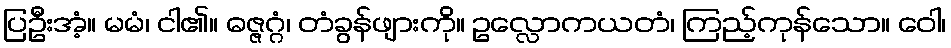
ပြဦးအံ့။ မမံ၊ ငါ၏။ ဓဇ္ဇဂ္ဂံ၊ တံခွန်ဖျားကို။ ဥလ္လောကယတံ၊ ကြည့်ကုန်သော။ ဝေါ၊